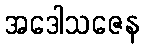
အဒေါသဇေန